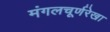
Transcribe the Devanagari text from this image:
मंगलचूर्णरेखा